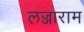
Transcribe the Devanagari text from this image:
लज्जाराम